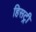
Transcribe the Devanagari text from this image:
हिसट्री